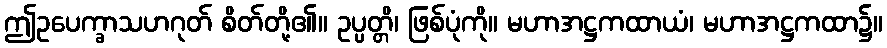
ဤဥပေက္ခာသဟဂုတ် စိတ်တို့၏။ ဥပ္ပတ္တိ၊ ဖြစ်ပုံကို။ မဟာအဋ္ဌကထာယံ၊ မဟာအဋ္ဌကထာ၌။